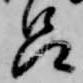
呂